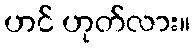
ဟင် ဟုတ်လား။